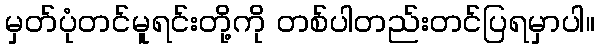
မှတ်ပုံတင်မူရင်းတို့ကို တစ်ပါတည်းတင်ပြရမှာပါ။